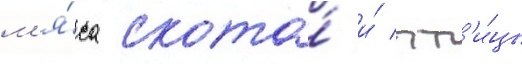
м'я́са скота́ и́ пт'и́цы